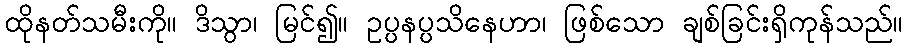
ထိုနတ်သမီးကို။ ဒိသွာ၊ မြင်၍။ ဥပ္ပနပ္ပသိနေဟာ၊ ဖြစ်သော ချစ်ခြင်းရှိကုန်သည်။